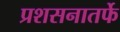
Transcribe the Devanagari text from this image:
प्रशसनातर्फे